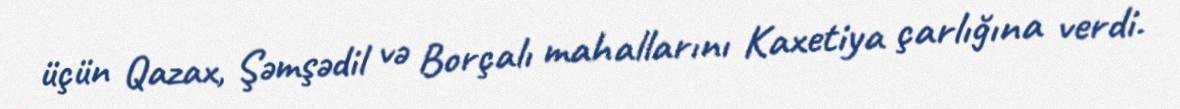
üçün Qazax, Şəmşədil və Borçalı mahallarını Kaxetiya çarlığına verdi.